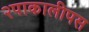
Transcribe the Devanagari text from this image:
२पाकालीपस